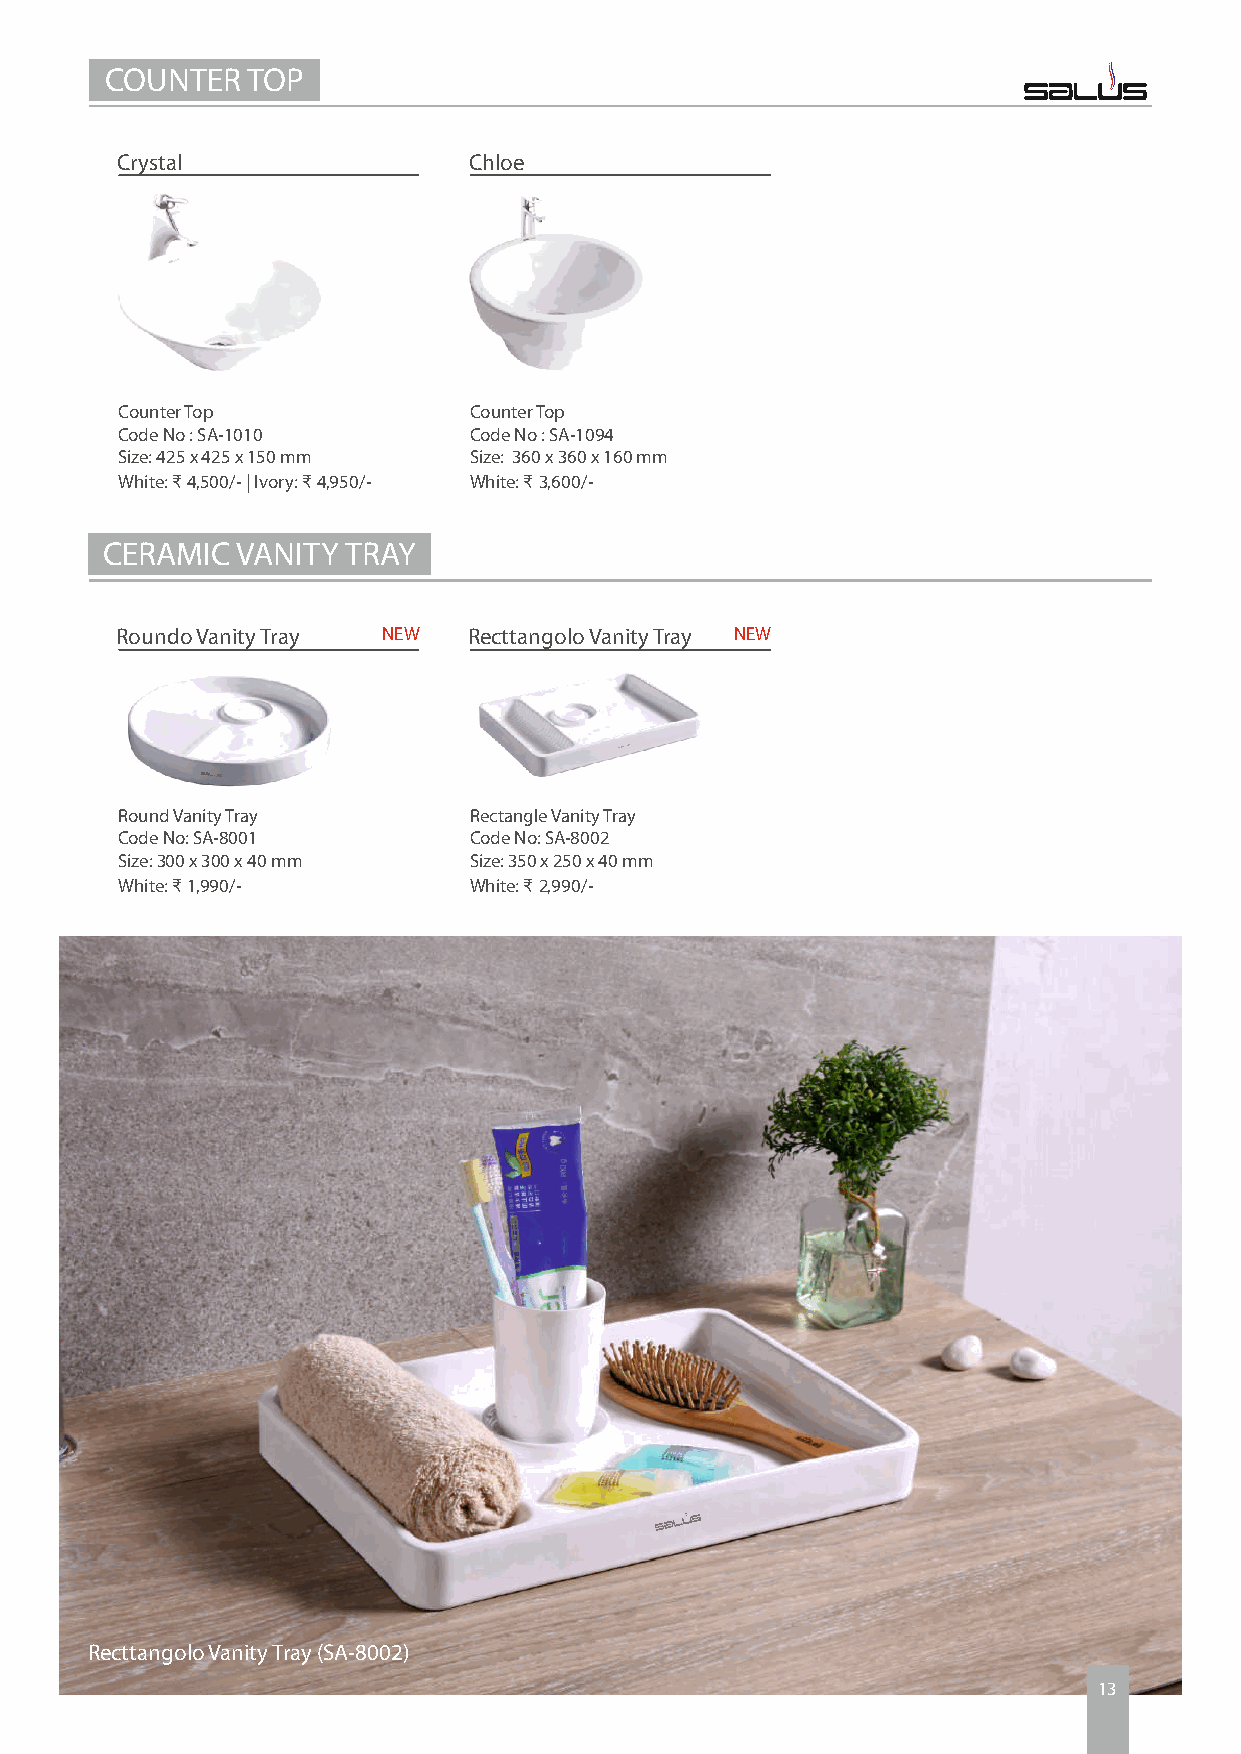
COUNTER  TOP
 Crystal                Chloe
 Counter Top            Counter Top
 Code No : SA-1010      Code No : SA-1094
 Size: 425 x 425 x 150 mm Size: 360 x 360 x 160 mm
 White: ₹ 4,500/- | Ivory: ₹ 4,950/- White: ₹ 3,600/-
 CERAMIC  VANITY TRAY
 Roundo Vanity Tray NEW Recttangolo Vanity Tray NEW
 Round Vanity Tray      Rectangle Vanity Tray
 Code No: SA-8001       Code No: SA-8002
 Size: 300 x 300 x 40 mm Size: 350 x 250 x 40 mm
 White: ₹ 1,990/-       White: ₹ 2,990/-
 Recttangolo Vanity Tray (SA-8002)
 13